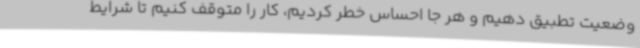
وضعیت تطبیق دهیم و هر جا احساس خطر کردیم، کار را متوقف کنیم تا شرایط